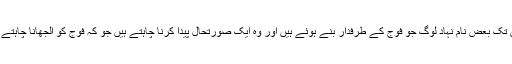
جہاں تک بعض نام نہاد لوگ جو فوج کے طرفدار بنے ہوئے ہیں اور وہ ایک صورتحال پیدا کرنا چاہتے ہیں جو کہ فوج کو الجھانا چاہتے ہیں ۔